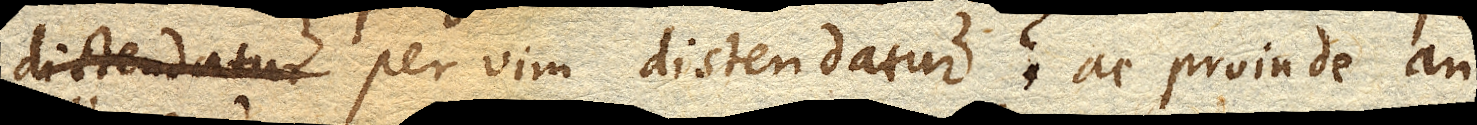
distendatur per vim distendatur? Ac proinde an